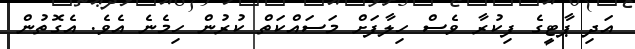
އަދި ޕާޓީގެ ފިކުރާ ވެސް ހިލާފަށް މަސައްކަތް ކުރުން ހިމެނެ އެވެ. އެގޮތުން